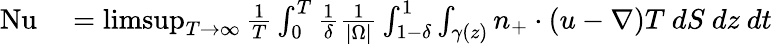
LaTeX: \begin{array}{rl}{\mathrm{{Nu}}}&{{}=\operatorname*{limsup}_{T\to\infty}\frac{1}{T}\int_{0}^{T}\frac{1}{\delta}\frac{1}{|\Omega|}\int_{1-\delta}^{1}\int_{\gamma(z)}n_{+}\cdot(u-\nabla)T\ dS\ dz\ dt}\end{array}